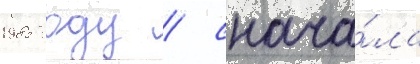
1985 году / снача́ла